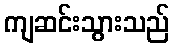
ကျဆင်းသွားသည်